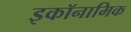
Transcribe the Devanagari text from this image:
इकॉनामिक